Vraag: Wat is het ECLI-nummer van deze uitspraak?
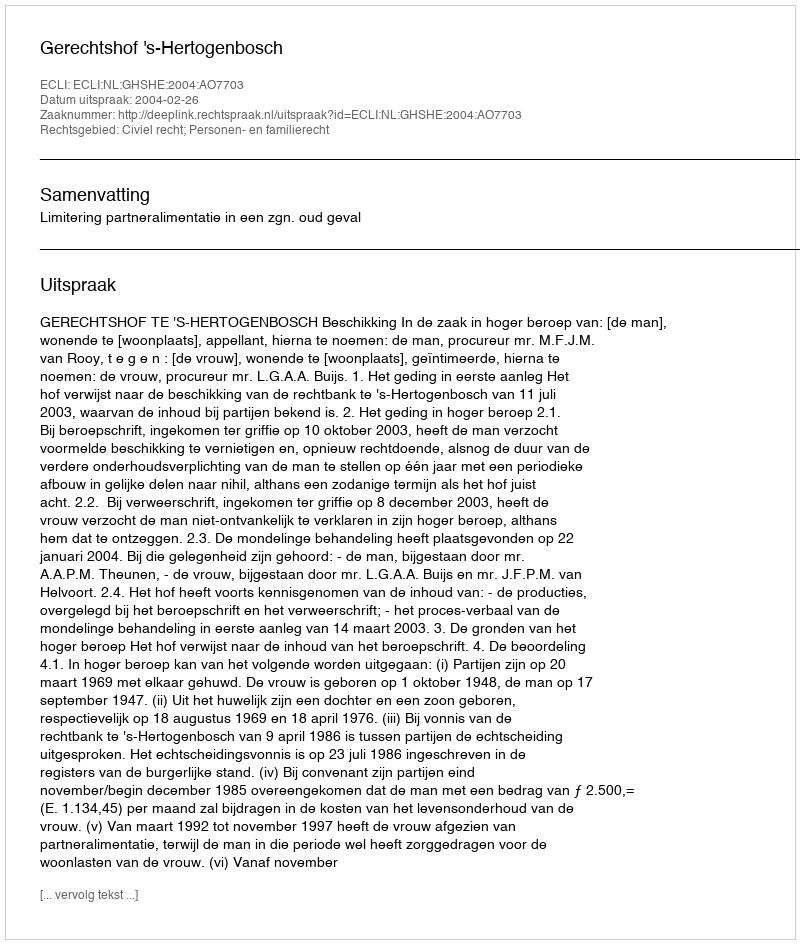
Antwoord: ECLI:NL:GHSHE:2004:AO7703